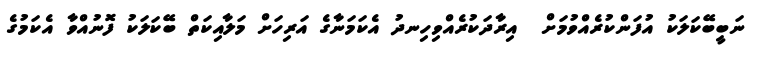
ނަބީބޭކަލަކު އުފަންކުރެއްވުމަށް  އިރާދަކުރެއްވިހިނދު އެކަމަނާގެ އަރިހަށް މަލާއިކަތް ބޭކަލަކު ފޮނުއްވާ އެކަމުގެ